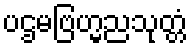
ပဌမဗြဟ္မညသုတ္တံ